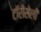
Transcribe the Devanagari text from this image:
टॉरीसेली